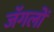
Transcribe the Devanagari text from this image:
जॅगलों